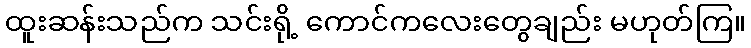
ထူးဆန်းသည်က သင်းရို့ ကောင်ကလေးတွေချည်း မဟုတ်ကြ။